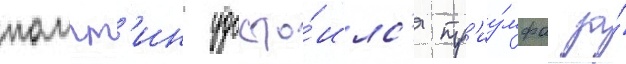
помпт'ин удосто́илс'я тр'иу́мфа за́